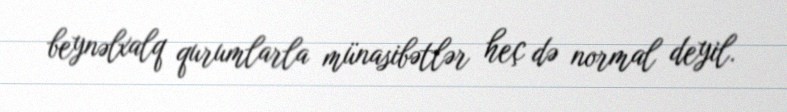
beynəlxalq qurumlarla münasibətlər heç də normal deyil.